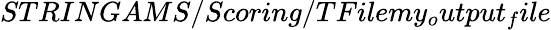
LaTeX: STRINGAMS/Scoring/TFilemy_{o}utput_{f}ile